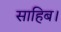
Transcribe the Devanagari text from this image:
साहिब।